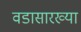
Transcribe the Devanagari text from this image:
वडासारख्या